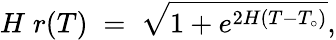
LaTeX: H\; r(T)\; =\; \sqrt{1+e^{2H(T-T_{\circ})}},